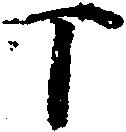
丁